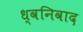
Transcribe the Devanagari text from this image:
ध्वनिवाद